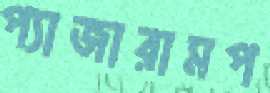
প্যাজারামপ